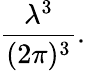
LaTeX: {\frac{\lambda^{3}}{(2\pi)^{3}}}.